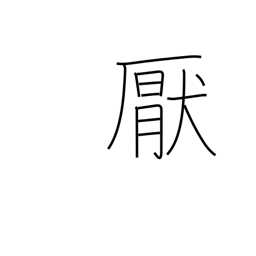
Meaning: satiate